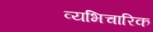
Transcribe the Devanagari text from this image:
व्यभिचारिक